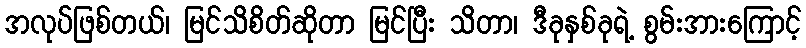
အလုပ်ဖြစ်တယ်၊ မြင်သိစိတ်ဆိုတာ မြင်ပြီး သိတာ၊ ဒီခုနှစ်ခုရဲ့ စွမ်းအားကြောင့်